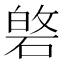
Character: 𮀯